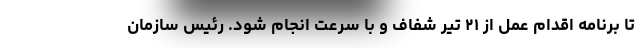
تا برنامه اقدام عمل از ۲۱ تیر شفاف و با سرعت انجام شود. رئیس سازمان